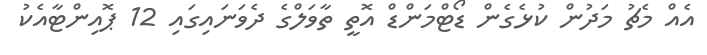
އެއް މެޗު މަދުން ކުޅެގެން ޑޯޓްމަންޑް އޮތީ ތާވަލްގެ ދެވަނައިގައި 12 ޕޮއިންޓާއެކު